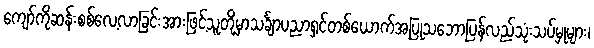
ကျော်ကိုဆန်းစစ်လေ့လာခြင်းအားဖြင့်သူတို့မှာသင်္ချာပညာရှင်တစ်ယောက်အပြုသဘောပြန်လည်သုံးသပ်မှုများ၊